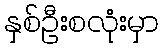
နှစ်ဦးစလုံးမှာ